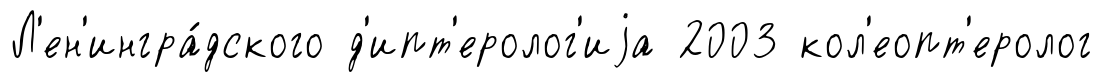
Л'ен'ингра́дского д'ипт'еролог'иjа 2003 кол'еопт'еролог